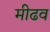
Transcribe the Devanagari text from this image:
मीढव